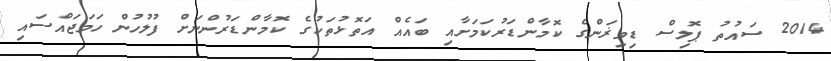
2014 ސައުތު ޕޮލިސް ޑިވިޜަންގެ ކޮމާންޑަރުކަމަށާއި ބައެއް އަތޮޅުތަކުގެ ކޮމާންޑަރުންނަށް ފުލުހުން ހަމަޖައްސައި